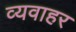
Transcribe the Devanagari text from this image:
व्यवाहर